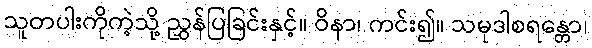
သူတပါးကိုကဲ့သို့ ညွှန်ပြခြင်းနှင့်။ ဝိနာ၊ ကင်း၍။ သမုဒါစရန္တော၊